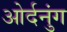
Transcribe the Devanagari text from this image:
ओर्दनुंग